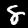
Digit: 8